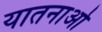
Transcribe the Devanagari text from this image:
यातनाओ